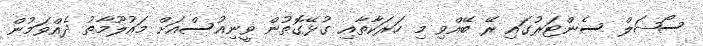
ސޯޝަލް ސެންޓަރުގައި ރޭ ބޭއްވި މި ހަރަކާތާއި ގުޅޭގޮތުން ވީނިއުސްއަށް މައުލޫމާތު ދެއްވަމުން